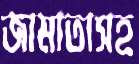
জামাতাসহ